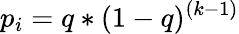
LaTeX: p_{i}=q*(1-q)^{(k-1)}